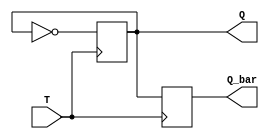
module async_TFF (
    input T,
    output reg Q,
    output reg Q_bar
);

always @(posedge T) begin
    Q <= ~Q;
    Q_bar <= Q;
end

endmodule